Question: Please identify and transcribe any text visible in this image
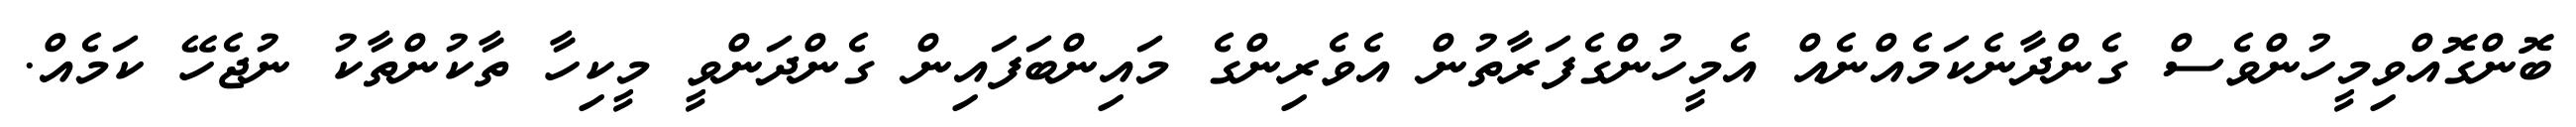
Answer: ބޮންގޮއްވިމީހުންވެސް ގެންދާނެކަމެއްނެއް އެމީހުންގެފަރާތުން އެވެރިންގެ މައިންބަފައިން ގެންދަންވީ މީކިހާ ތާކުންތާކު ނުޖެހޭ ކަމެއް.